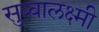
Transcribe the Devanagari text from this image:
सुब्बालक्ष्मी